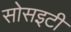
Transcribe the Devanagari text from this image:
सोसइटी